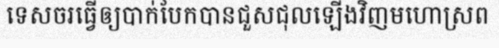
ទេសចរធ្វើឲ្យបាក់បែកបានជួសជុលឡើងវិញមហោស្រព